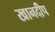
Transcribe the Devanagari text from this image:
खानदीप